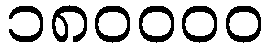
၁၈၀၀၀၀